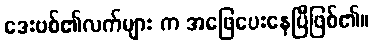
ဒေးဗစ်၏လက်များ က အဖြေပေးနေပြီဖြစ်၏။